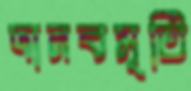
দানবমূর্তি